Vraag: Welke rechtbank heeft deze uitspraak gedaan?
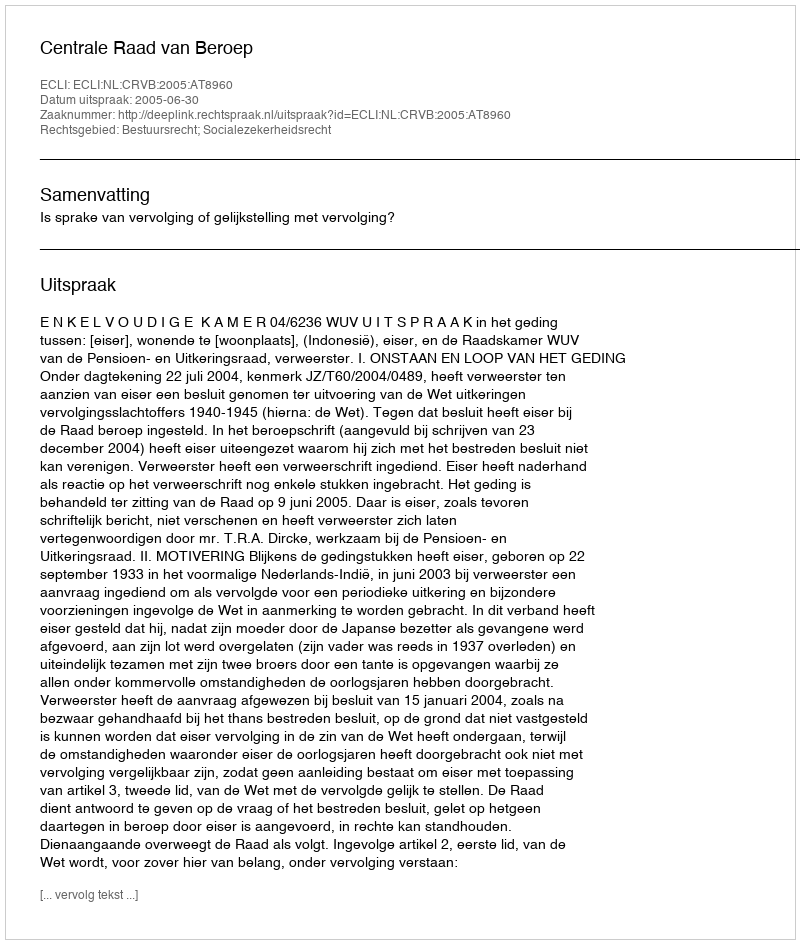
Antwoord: Centrale Raad van Beroep